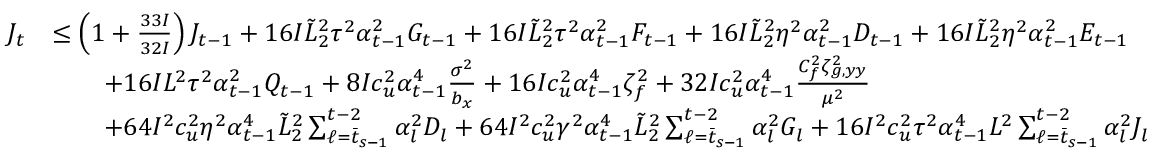
\begin{array} { r l } { J _ { t } } & { \leq \left( 1 + \frac { 3 3 I } { 3 2 I } \right) J _ { t - 1 } + 1 6 I \tilde { L } _ { 2 } ^ { 2 } \tau ^ { 2 } \alpha _ { t - 1 } ^ { 2 } G _ { t - 1 } + 1 6 I \tilde { L } _ { 2 } ^ { 2 } \tau ^ { 2 } \alpha _ { t - 1 } ^ { 2 } F _ { t - 1 } + 1 6 I \tilde { L } _ { 2 } ^ { 2 } \eta ^ { 2 } \alpha _ { t - 1 } ^ { 2 } D _ { t - 1 } + 1 6 I \tilde { L } _ { 2 } ^ { 2 } \eta ^ { 2 } \alpha _ { t - 1 } ^ { 2 } E _ { t - 1 } } \\ & { \qquad + 1 6 I L ^ { 2 } \tau ^ { 2 } \alpha _ { t - 1 } ^ { 2 } Q _ { t - 1 } + 8 I c _ { u } ^ { 2 } \alpha _ { t - 1 } ^ { 4 } \frac { \sigma ^ { 2 } } { b _ { x } } + 1 6 I c _ { u } ^ { 2 } \alpha _ { t - 1 } ^ { 4 } \zeta _ { f } ^ { 2 } + 3 2 I c _ { u } ^ { 2 } \alpha _ { t - 1 } ^ { 4 } \frac { C _ { f } ^ { 2 } \zeta _ { g , y y } ^ { 2 } } { \mu ^ { 2 } } } \\ & { \qquad + 6 4 I ^ { 2 } c _ { u } ^ { 2 } \eta ^ { 2 } \alpha _ { t - 1 } ^ { 4 } \tilde { L } _ { 2 } ^ { 2 } \sum _ { \ell = \bar { t } _ { s - 1 } } ^ { t - 2 } \alpha _ { l } ^ { 2 } D _ { l } + 6 4 I ^ { 2 } c _ { u } ^ { 2 } \gamma ^ { 2 } \alpha _ { t - 1 } ^ { 4 } \tilde { L } _ { 2 } ^ { 2 } \sum _ { \ell = \bar { t } _ { s - 1 } } ^ { t - 2 } \alpha _ { l } ^ { 2 } G _ { l } + 1 6 I ^ { 2 } c _ { u } ^ { 2 } \tau ^ { 2 } \alpha _ { t - 1 } ^ { 4 } L ^ { 2 } \sum _ { \ell = \bar { t } _ { s - 1 } } ^ { t - 2 } \alpha _ { l } ^ { 2 } J _ { l } } \end{array}